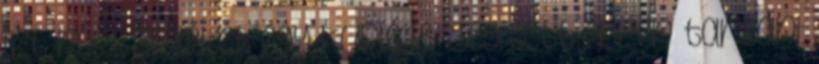
írt róla. Emlékét egy kuplé is segített ébren tartani: